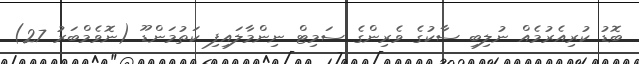
ބޮޑު ކުރިއެރުމެއް ނުލިބި ސާކުގެ ވެރިންގެ ސަމިޓް ނިންމާލައިފި ކަތުމަންޑޫ (ނޮވެމްބަރު 27)